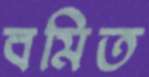
বমিত